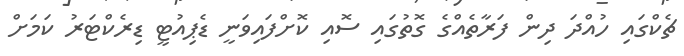
ޗެކްގައި ހުއްދަ ދިން ފަރާތެއްގެ ގޮތުގައި ސޮއި ކޮށްފައިވަނީ ޑެޕިއުޓީ ޑިރެކްޓަރު ކަމަށް